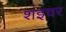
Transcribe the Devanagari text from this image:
शइचर